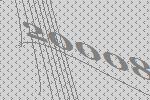
20008